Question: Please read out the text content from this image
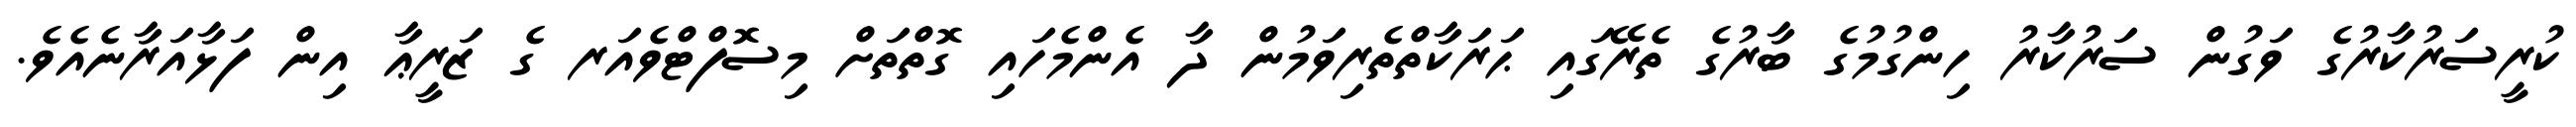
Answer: ކުރީސަރުކާރުގެ ވަގުން ސަރުކާރު ހިންގުމުގެ ބާރުގެ ތެރޭގައި ޙަރަކާތްތެރިވަމުން ދާ އެންމެހައި ގޮތްތަށް މިސޮފްޓްވެއަރ ގެ ޒަރީޢާ އިން ފަޅާއަރާނެއެވެ.